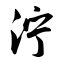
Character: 泞